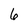
Character: 6